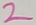
Text: 2